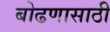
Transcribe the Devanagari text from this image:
बोढणासाठी